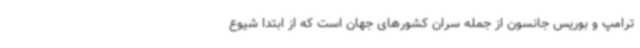
ترامپ و بوریس جانسون از جمله سران کشورهای جهان است که از ابتدا شیوع